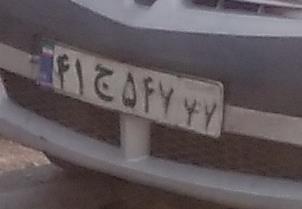
۴۱ج۵۴۷۷۷